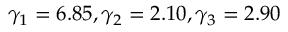
\gamma _ { 1 } = 6 . 8 5 , \gamma _ { 2 } = 2 . 1 0 , \gamma _ { 3 } = 2 . 9 0